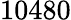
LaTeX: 10480